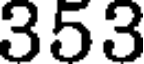
353